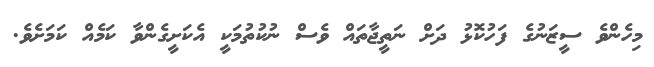
މިހެންވެ ސީޒަނުގެ ފަހުކޮޅު ދަށް ނަތީޖާތައް ވެސް ނުކުތުމަކީ އެކަށީގެންވާ ކަމެއް ކަމަށެވެ.